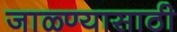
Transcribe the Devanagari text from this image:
जाळ्ण्यासाठी